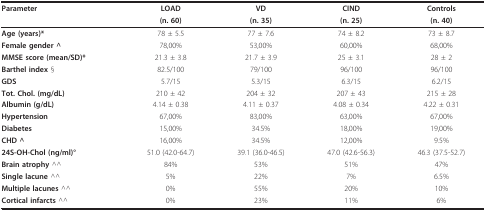
| Parameter | LOAD | VD | CIND | Controls |
 |  | (n. 60) | (n. 35) | (n. 25) | (n. 40) |
 | --- | --- | --- | --- | --- |
 | Age (years)* | 78 ± 5.5 | 77 ± 7.6 | 74 ± 8.2 | 73 ± 8.7 |
 | Female gender ^ | 78,00% | 53,00% | 60,00% | 68,00% |
 | MMSE score (mean/SD)* | 21.3 ± 3.8 | 21.7 ± 3.9 | 25 ± 3.1 | 28 ± 2 |
 | Barthel index § | 82.5/100 | 79/100 | 96/100 | 96/100 |
 | GDS | 5.7/15 | 5.3/15 | 6.3/15 | 6.2/15 |
 | Tot. Chol. (mg/dL) | 210 ± 42 | 204 ± 32 | 207 ± 43 | 215 ± 28 |
 | Albumin (g/dL) | 4.14 ± 0.38 | 4.11 ± 0.37 | 4.08 ± 0.34 | 4.22 ± 0.31 |
 | Hypertension | 67,00% | 83,00% | 63,00% | 67,00% |
 | Diabetes | 15,00% | 34.5% | 18,00% | 19,00% |
 | CHD ^ | 16,00% | 34.5% | 12,00% | 9.5% |
 | 24S-OH-Chol (ng/ml)° | 51.0 (42.0-64.7) | 39.1 (36.0-46.5) | 47.0 (42.6-56.3) | 46.3 (37.5-52.7) |
 | Brain atrophy ^^ | 84% | 53% | 51% | 47% |
 | Single lacune ^^ | 5% | 22% | 7% | 6.5% |
 | Multiple lacunes ^^ | 0% | 55% | 20% | 10% |
 | Cortical infarcts ^^ | 0% | 23% | 11% | 6% |